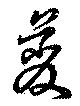
虁